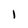
Character: I